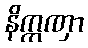
နိက္ကဏှာ